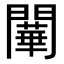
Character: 𨶱